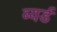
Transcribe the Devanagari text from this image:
ब्यर्ड